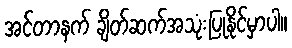
အင်တာနက် ချိတ်ဆက်အသုံးပြုနိုင်မှာပါ။